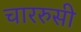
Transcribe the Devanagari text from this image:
चाररुसी